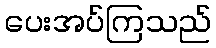
ပေးအပ်ကြသည်